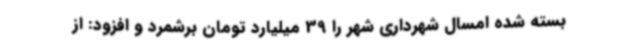
بسته شده امسال شهرداری شهر را 39 میلیارد تومان برشمرد و افزود: از